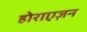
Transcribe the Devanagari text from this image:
होराएज़न